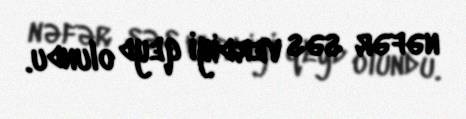
nəfər səs verdiyi qeyd olundu.